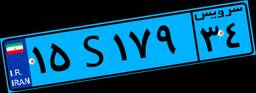
۱۵S۱۷۹۳۴